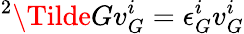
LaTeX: {}^{2}\Tilde{G}v_{G}^{i}=\epsilon_{G}^{i}v_{G}^{i}